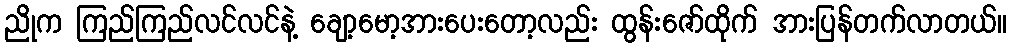
ညိုက ကြည်ကြည်လင်လင်နဲ့ ချော့မော့အားပေးတော့လည်း ထွန်းဇော်ထိုက် အားပြန်တက်လာတယ်။